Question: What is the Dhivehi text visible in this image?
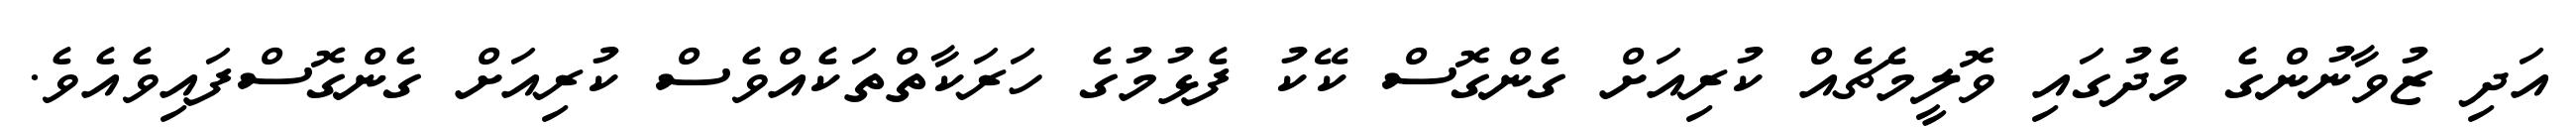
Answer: އަދި ޒުވާނުންގެ މެދުގައި ވޮލީމެޗެއް ކުރިއަށް ގެންގޮސް ކޭކު ފެޅުމުގެ ހަރަކާތްތަކެއްވެސް ކުރިއަށް ގެންގޮސްފައިވެއެވެ.